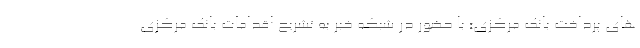
های پرداخت بانک مرکزی» با حضور در شبکه خبر به تشریح اقدامات بانک مرکزی